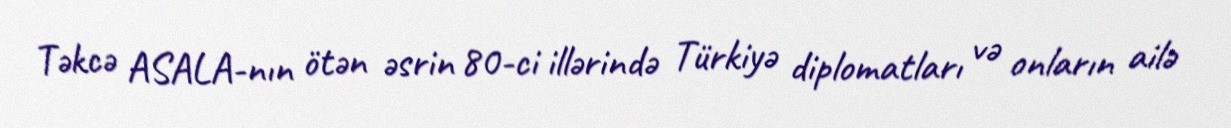
Təkcə ASALA-nın ötən əsrin 80-ci illərində Türkiyə diplomatları və onların ailə